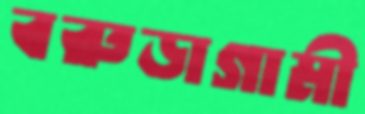
বরুড়াগামী